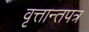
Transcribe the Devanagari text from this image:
वृत्तान्तपत्र